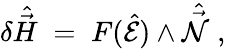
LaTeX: \delta\hat{\vec{H}}\; =\; F(\hat{\cal E})\wedge\hat{\vec{\cal N}}\; ,